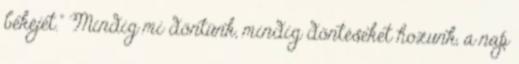
békéjét.” Mindig mi döntünk, mindig döntéseket hozunk, a nap